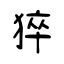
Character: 猝